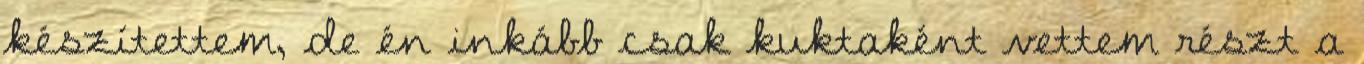
készítettem, de én inkább csak kuktaként vettem részt a